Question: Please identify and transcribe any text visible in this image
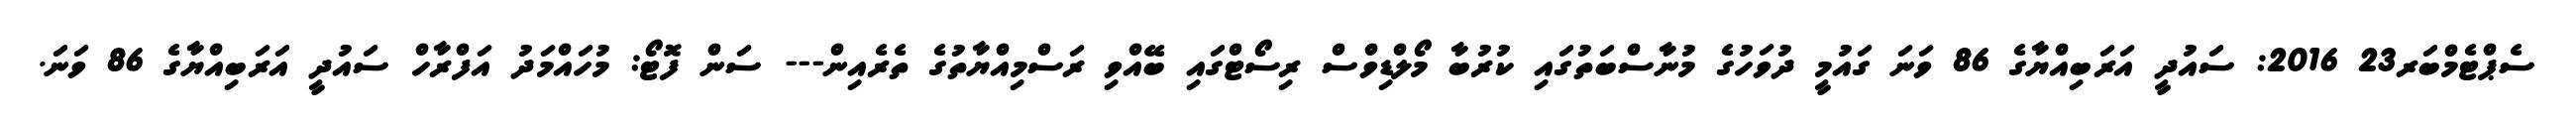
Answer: ސެޕްޓެމްބަރ23 2016: ސައުދީ އަރަބިއްޔާގެ 86 ވަނަ ގައުމީ ދުވަހުގެ މުނާސްބަތުގައި ކުރުބާ މޯލްޑިވްސް ރިސޯޓްގައި ބޭއްވި ރަސްމިއްޔާތުގެ ތެރެއިން--- ސަން ފޮޓޯ: މުހައްމަދު އަފްރާހް ސައުދީ އަރަބިއްޔާގެ 86 ވަނަ.